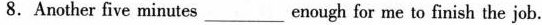
8.Another five minutes ___ enough for me to finish the job.